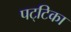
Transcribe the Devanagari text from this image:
पट्‌टिका